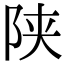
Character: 陕